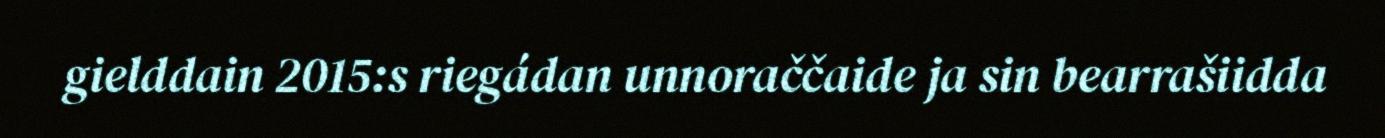
gielddain 2015:s riegádan unnoraččaide ja sin bearrašiidda